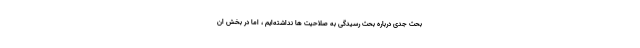
بحث جدی درباره بحث رسیدگی به صلاحیت ها نداشته‌ایم ، اما در بخش ان